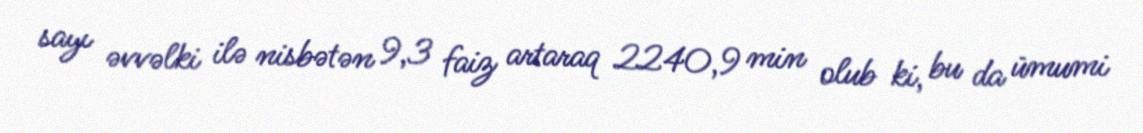
sayı əvvəlki ilə nisbətən 9,3 faiz artaraq 2240,9 min olub ki, bu da ümumi